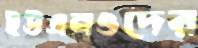
ইউএনওদের